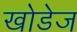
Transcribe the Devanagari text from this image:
खोडेज